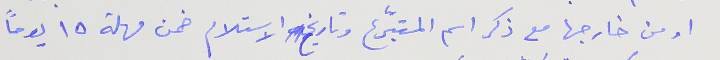
او من خارجها مع ذكر اسم المتبّرع وتاريخ  الاستلام ضمن مهلة ١٥ يوماً